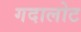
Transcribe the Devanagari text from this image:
गदालोट